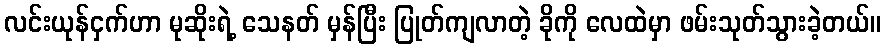
လင်းယုန်ငှက်ဟာ မုဆိုးရဲ့ သေနတ် မှန်ပြီး ပြုတ်ကျလာတဲ့ ခိုကို လေထဲမှာ ဖမ်းသုတ်သွားခဲ့တယ်။